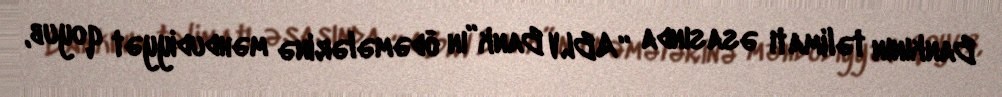
Bankının təlimatı əsasında “ABLV Bank”ın ödəmələrinə məhdudiyyət qoyub,